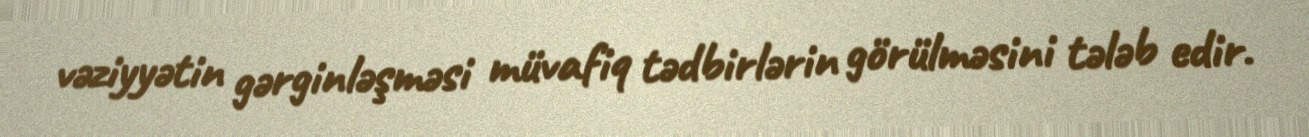
vəziyyətin gərginləşməsi müvafiq tədbirlərin görülməsini tələb edir.